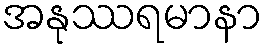
အနုဿရမာနာ